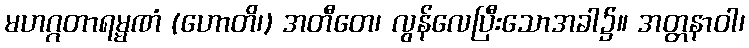
မဟဂ္ဂတာရမ္မဏံ (ဟောတိ၊) အတီတေ၊ လွန်လေပြီးသောအခါ၌။ အတ္တနာဝါ၊